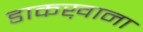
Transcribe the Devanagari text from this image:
डाकख़ाना